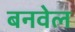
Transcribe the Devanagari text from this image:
बनवेल